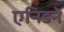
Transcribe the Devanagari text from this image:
एनिडने